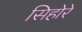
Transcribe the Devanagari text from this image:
सिहोरे